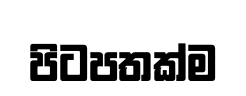
පිටපතක්ම